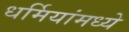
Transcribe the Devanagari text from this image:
धर्मियांमध्ये